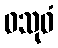
ဝသုဓံ